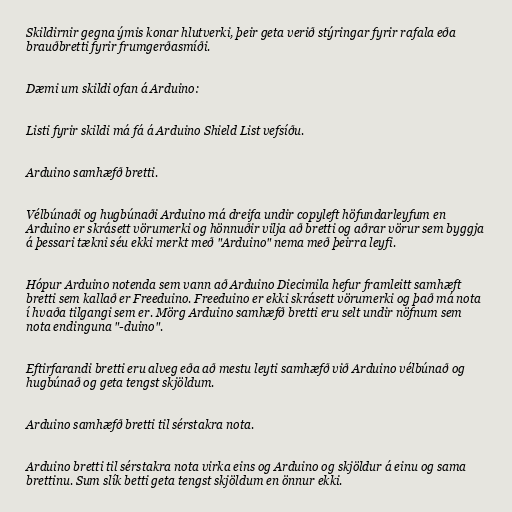
Skildirnir gegna ýmis konar hlutverki, þeir geta verið stýringar fyrir rafala eða
brauðbretti fyrir frumgerðasmíði.

Dæmi um skildi ofan á Arduino:

Listi fyrir skildi má fá á Arduino Shield List vefsíðu.

Arduino samhæfð bretti.

Vélbúnaði og hugbúnaði Arduino má dreifa undir copyleft höfundarleyfum en
Arduino er skrásett vörumerki og hönnuðir vilja að bretti og aðrar vörur sem byggja
á þessari tækni séu ekki merkt með "Arduino" nema með þeirra leyfi.

Hópur Arduino notenda sem vann að Arduino Diecimila hefur framleitt samhæft
bretti sem kallað er Freeduino. Freeduino er ekki skrásett vörumerki og það má nota
í hvaða tilgangi sem er. Mörg Arduino samhæfð bretti eru selt undir nöfnum sem
nota endinguna "-duino".

Eftirfarandi bretti eru alveg eða að mestu leyti samhæfð við Arduino vélbúnað og
hugbúnað og geta tengst skjöldum.

Arduino samhæfð bretti til sérstakra nota.

Arduino bretti til sérstakra nota virka eins og Arduino og skjöldur á einu og sama
brettinu. Sum slík betti geta tengst skjöldum en önnur ekki.